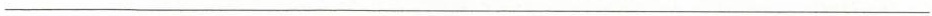
___